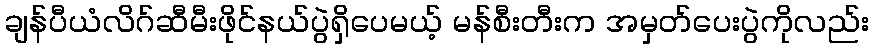
ချန်ပီယံလိဂ်ဆီမီးဖိုင်နယ်ပွဲရှိပေမယ့် မန်စီးတီးက အမှတ်ပေးပွဲကိုလည်း